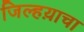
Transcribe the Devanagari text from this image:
जिल्हय़ाचा